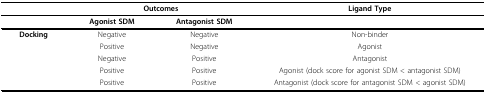
<table><thead><tr><td></td><td colspan="2"><b>Outcomes</b></td><td><b>Ligand Type</b></td></tr></thead><tbody><tr><td></td><td><b>Agonist SDM</b></td><td><b>Antagonist SDM</b></td><td></td></tr><tr><td><b>Docking</b></td><td>Negative</td><td>Negative</td><td>Non-binder</td></tr><tr><td></td><td>Positive</td><td>Negative</td><td>Agonist</td></tr><tr><td></td><td>Negative</td><td>Positive</td><td>Antagonist</td></tr><tr><td></td><td>Positive</td><td>Positive</td><td>Agonist (dock score for agonist SDM &lt; antagonist SDM)</td></tr><tr><td></td><td>Positive</td><td>Positive</td><td>Antagonist (dock score for antagonist SDM &lt; agonist SDM)</td></tr></tbody></table>